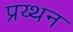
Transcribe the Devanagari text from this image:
प्रय्थन